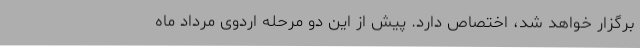
برگزار خواهد شد، اختصاص دارد. پیش از این دو مرحله اردوی مرداد ماه